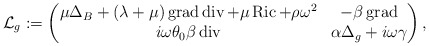
\begin{align*} \mathcal{L}_g := \begin{pmatrix} \mu \Delta_{B} + (\lambda + \mu)\operatorname{grad}\operatorname{div} + \mu \operatorname{Ric} + \rho\omega^2 & -\beta\operatorname{grad} \\ i\omega\theta_{0}\beta\operatorname{div} & \alpha\Delta_{g} + i\omega \gamma \end{pmatrix},\end{align*}